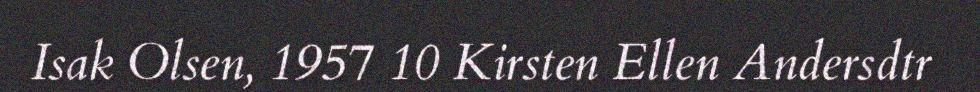
Isak Olsen, 1957 10 Kirsten Ellen Andersdtr